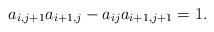
LaTeX: \begin{align*} a_{i,j+1}a_{i+1,j}-a_{ij}a_{i+1,j+1}=1. \end{align*}